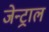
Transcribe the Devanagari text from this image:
जेन्ट्राल